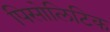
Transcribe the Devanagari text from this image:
पिसोलिटिक